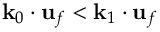
\mathbf { k } _ { 0 } \cdot \mathbf { u } _ { f } < \mathbf { k } _ { 1 } \cdot \mathbf { u } _ { f }